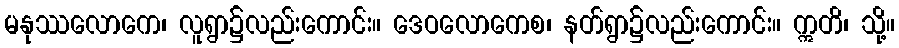
မနုဿလောကေ၊ လူရွာ၌လည်းကောင်း။ ဒေဝလောကေစ၊ နတ်ရွာ၌လည်းကောင်း။ ဣတိ၊ သို့။